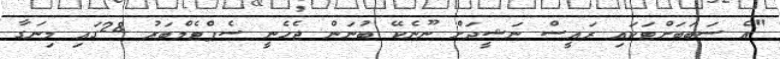
"އެ ސަބަބަށްޓަކައި ރައީސް ނަޝީދަށް ނޫނެކޭ ބުނަން ޖެހެނީ ސެޕްޓެމްބަރު 28ގައި މިނަގާ